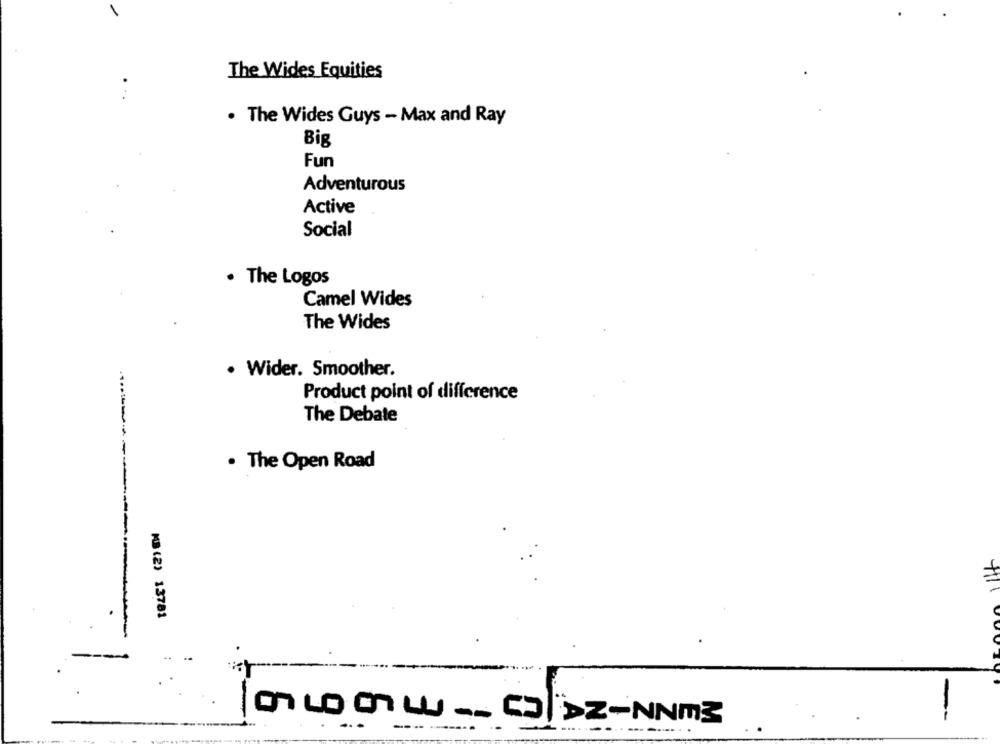
The Wides Equities
. The Wides Guys - Max and Ray
Big
Fun
Adventurous
Active
Social
. The Logos
Camel Wides
The Wides
. Wider. Smoother.
Product point of difference
The Debate
------
. The Open Road
MB (2) 13781
-